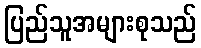
ပြည်သူအများစုသည်